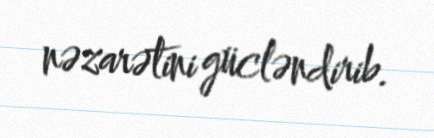
nəzarətini gücləndirib.